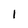
Character: 1